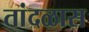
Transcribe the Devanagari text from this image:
तांदळास